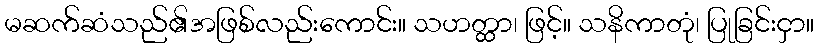
မဆက်ဆံသည်၏အဖြစ်လည်းကောင်း။ သဟတ္ထာ၊ ဖြင့်။ သနိကာတုံ၊ ပြုခြင်းငှာ။